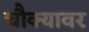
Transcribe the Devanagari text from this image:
चौक्यावर